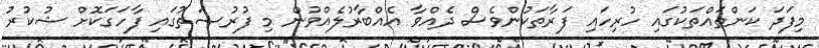
މިފަދަ ކަންތައްތަކުގައި ހުރިހައި ފަރާތަކުންވެސް ދެއްވާ އެއްބާރުލެއްވުން މި ފުރުޞަތުގައި ފާހަގަކޮށް ޝުކުރު